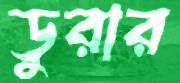
ডুরার